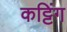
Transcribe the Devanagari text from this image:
कट्टिंग